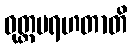
ဝုတ္တမရဟတာတိ